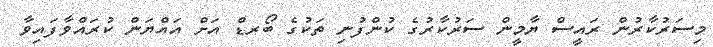
މިސަރުކާރުން ރައީސް ޔާމީން ސަރުކާރުގެ ކުންފުނި ތަކުގެ ބޯރޑް އަށް އައްޔަން ކުރައްވާފައިވާ